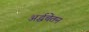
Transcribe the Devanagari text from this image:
अर्द्धचेतन